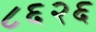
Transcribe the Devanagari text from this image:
८६२६